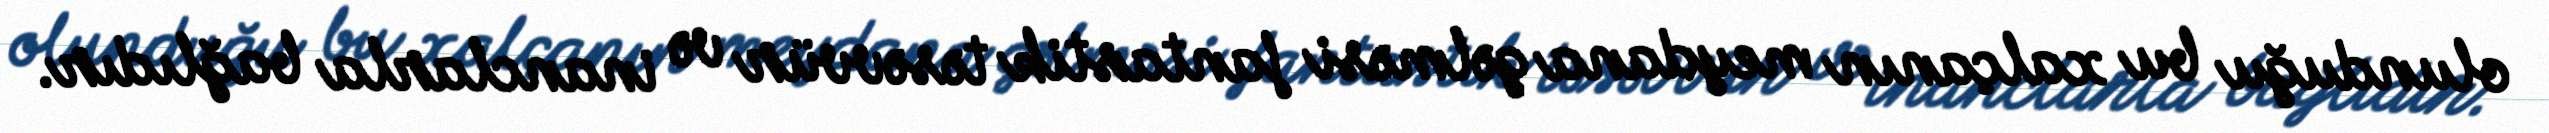
olunduğu bu xalçanın meydana gəlməsi fantastik təsəvvür və inanclarla bağlıdır.